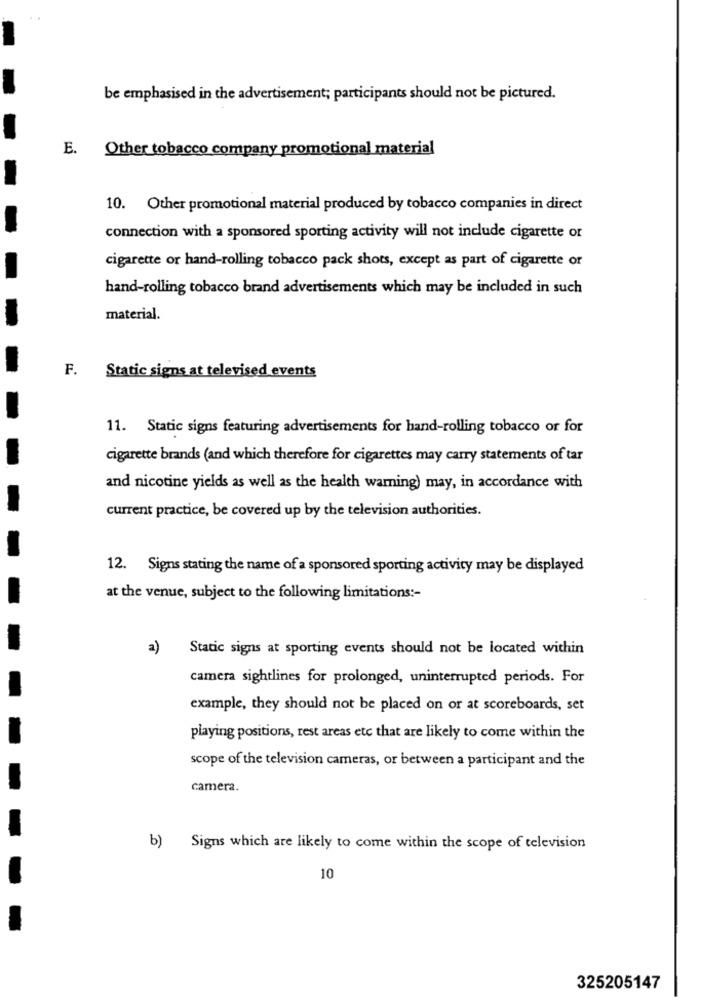
be emphasised in the advertisement; participants should not be pictured.
E. Other tobacco company promotional material
10. Other promotional material produced by tobacco companies in direct
connection with a sponsored sporting activity will not include cigarette or
cigarette or hand-rolling tobacco pack shots, except as part of cigarette or
hand-rolling tobacco brand advertisements which may be included in such
material.
F.
Static signs at televised events
11. Static signs featuring advertisements for hand-rolling tobacco or for
cigarette brands (and which therefore for cigarettes may carry statements of tar
and nicotine yields as well as the health warning) may, in accordance with
current practice, be covered up by the television authorities.
12. Signs stating the name of a sponsored sporting activity may be displayed
at the venue, subject to the following limitations :-
2)
Static signs at sporting events should not be located within
camera sightlines for prolonged, uninterrupted periods. For
example, they should not be placed on or at scoreboards, set
playing positions, rest areas etc that are likely to come within the
scope of the television cameras, or between a participant and the
camera.
b)
Signs which are likely to come within the scope of television
10
325205147